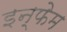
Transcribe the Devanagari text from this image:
इन्फेम